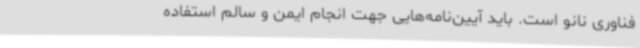
فناوری نانو است. باید آیین‌نامه‌هایی جهت انجام ایمن و سالم استفاده